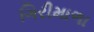
ગિરીમાળા